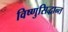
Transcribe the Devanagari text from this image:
विष्णुसिद्धान्त